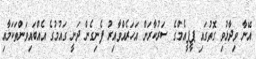
އޭނާ ވިދާޅުވި ގޮތުގައި ޕީޕީއެމްގެ ސަރުކާރަށް އަހަރެއްވާއިރު ފެނިގެން ދަނީ ގައުމުގެ އެއްބައިވަންތަކަމާއި